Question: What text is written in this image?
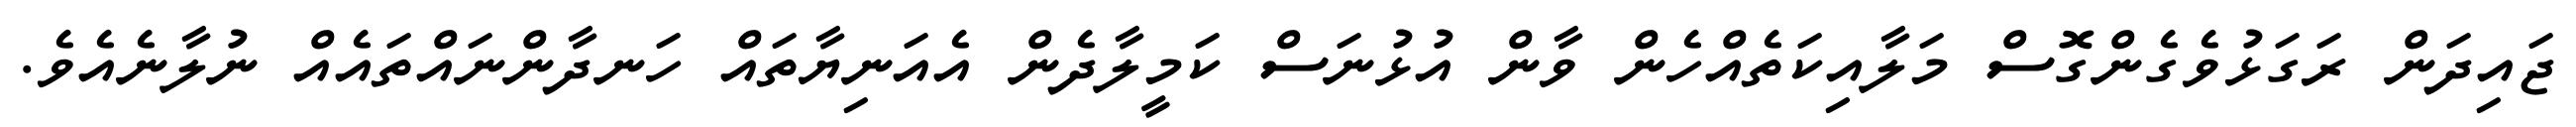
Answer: ޖައިދަން ރަގަޅުވެގެންގޮސް މަލާއިކަތެއްހެން ވާން އުޅުނަސް ކަމީލާދެން އެއަނިޔާތައް ހަނދާންނައްތައެއް ނުލާނެއެވެ.